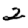
Digit: 2